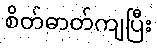
စိတ်ဓာတ်ကျပြီး